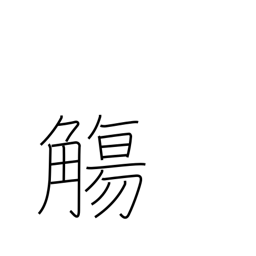
Meaning: cup